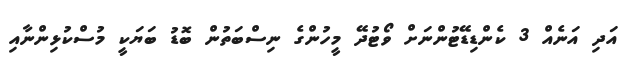
އަދި އަނެއް 3 ކެންޑިޑޭޓުންނަށް ވޯޓުދޭ މީހުންގެ ނިސްބަތުން ބޮޑު ބަޔަކީ މުސްކުޅިންނާއި